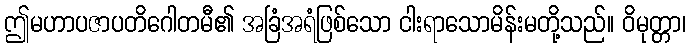
ဤမဟာပဇာပတိဂေါတမီ၏ အခြံအရံဖြစ်သော ငါးရာသောမိန်းမတို့သည်။ ဝိမုတ္တာ၊